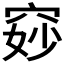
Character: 𫁐